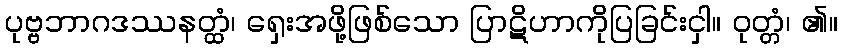
ပုဗ္ဗဘာဂဒဿနတ္ထံ၊ ရှေးအဖို့ဖြစ်သော ပြာဋိဟာကိုပြခြင်းငှါ။ ဝုတ္တံ၊ ၏။